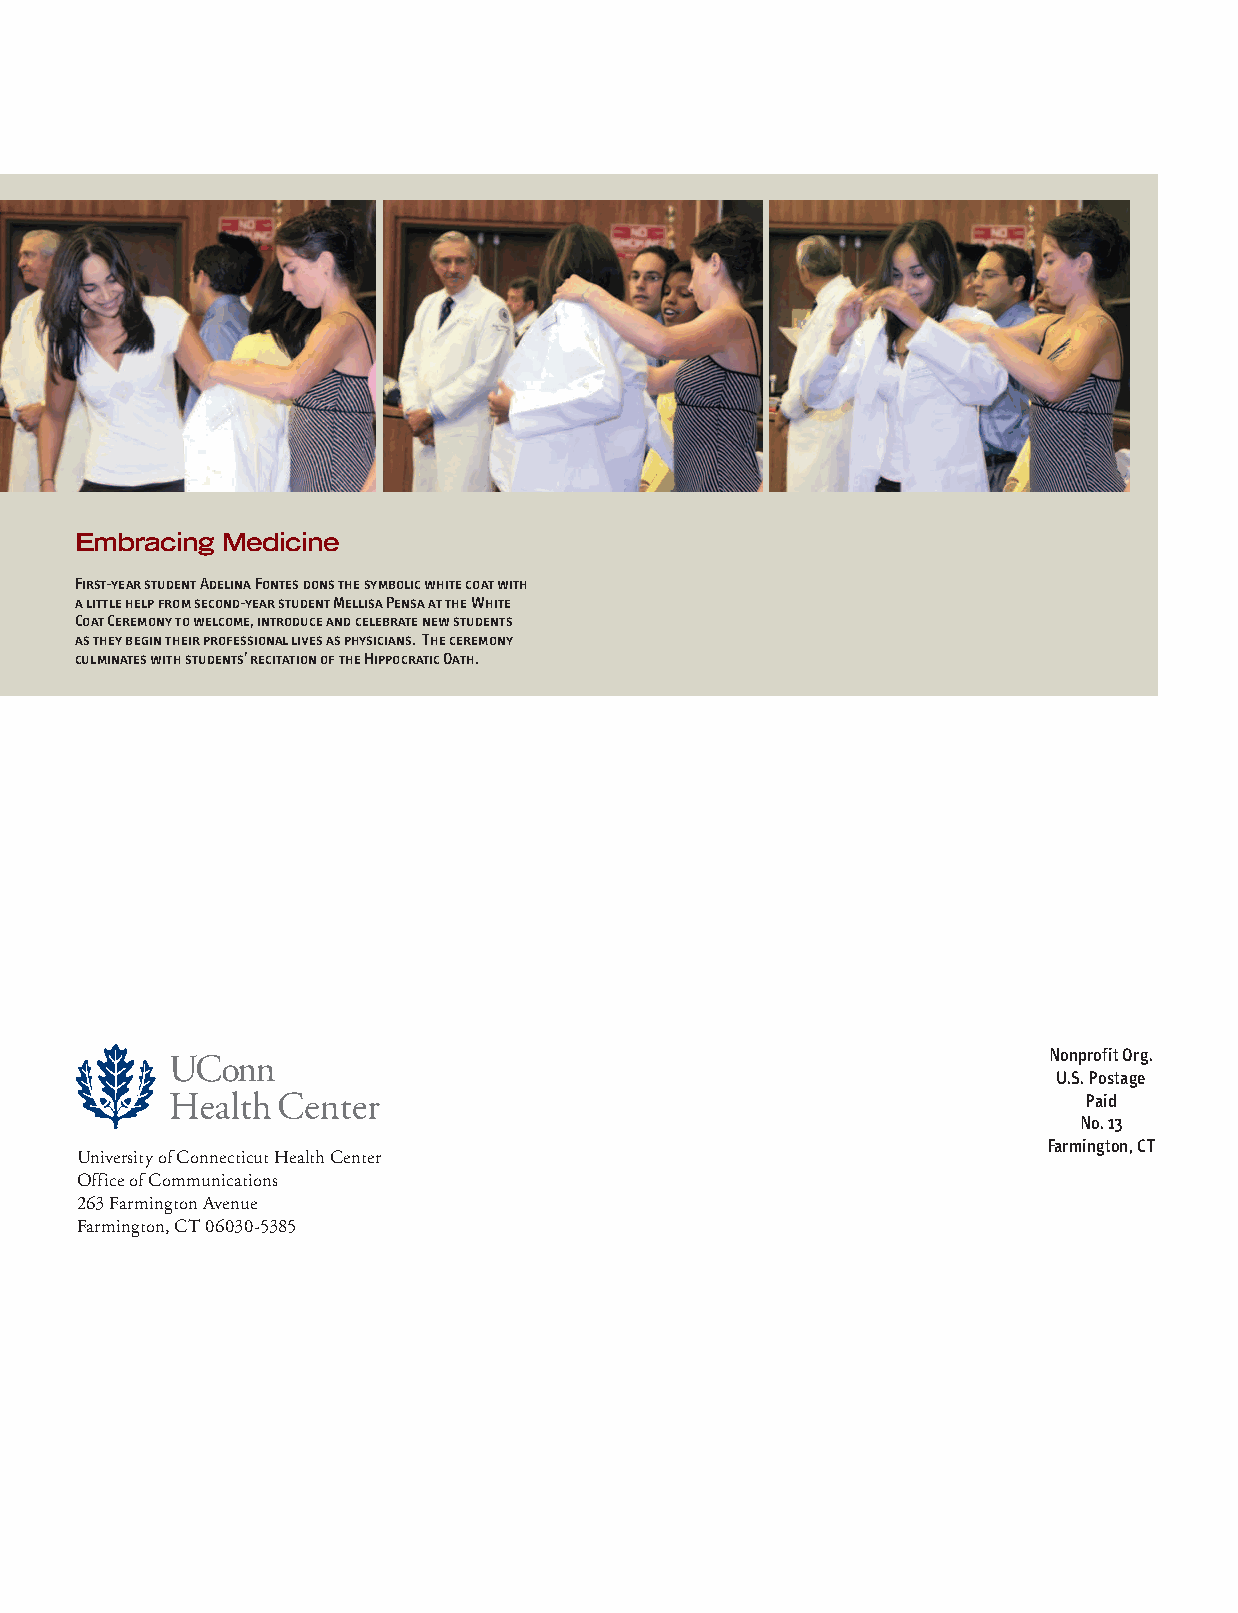
Embracing Medicine
 First-year student Adelina Fontes dons the symbolic white coat with
 a little help from second-year student Mellisa Pensa at the White
 Coat Ceremony to welcome, introduce and celebrate new students
 as they begin their professional lives as physicians. The ceremony
 culminates with students’ recitation of the Hippocratic Oath.
 Nonprofit Org.
 U.S. Postage
 Paid
 No. 13
 Farmington, CT
 University of Connecticut Health Center
 Office of Communications
 263 Farmington Avenue
 Farmington, CT 06030-5385